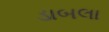
ડાબલા